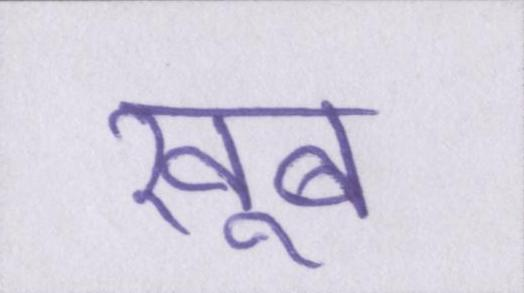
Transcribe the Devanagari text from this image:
खूब